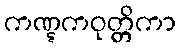
ကဏ္ဋကဝုတ္တိကာ